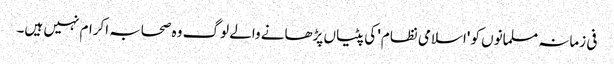
فی زمانہ مسلمانوں کو 'اسلامی نظام' کی پٹیاں پڑھانے والے لوگ وہ صحابہ اکرام نہیں ہیں۔